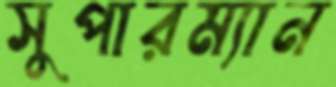
সুপারম্যান